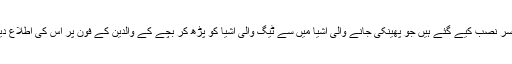
اس کے لیے اسکولوں کے ڈسٹ بن میں خاص سنسر نصب کیے گئے ہیں جو پھینکی جانے والی اشیا میں سے ٹیگ والی اشیا کو پڑھ کر بچے کے والدین کے فون پر اس کی اطلاع دیتے ہیں جو ٹیکسٹ کی صورت میں ہوسکتی ہے۔